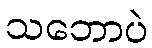
သဘောပဲ